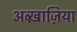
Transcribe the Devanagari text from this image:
अब्ख़ाज़िया